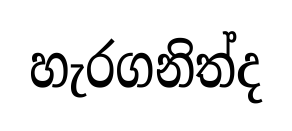
හැරගනිත්ද